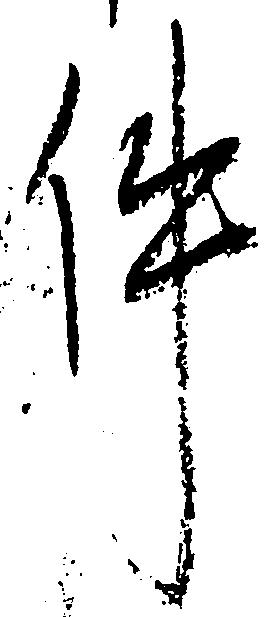
件